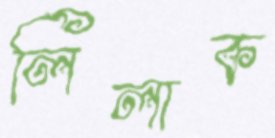
লিলাক